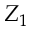
Z _ { 1 }